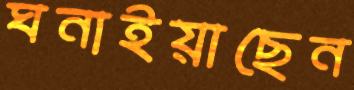
ঘনাইয়াছেন